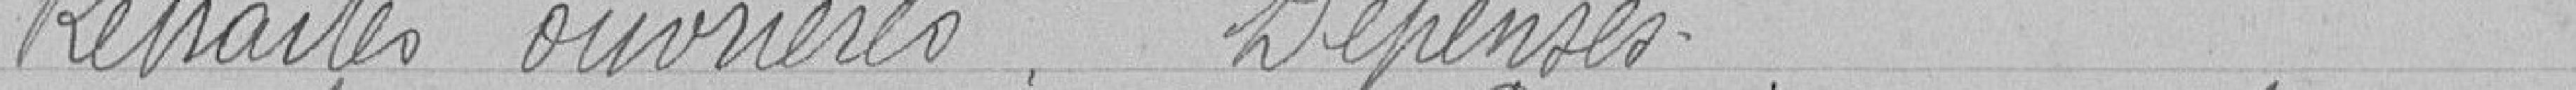
Retraites ouvrières.  Dépenses